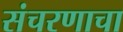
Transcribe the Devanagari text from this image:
संचरणाचा